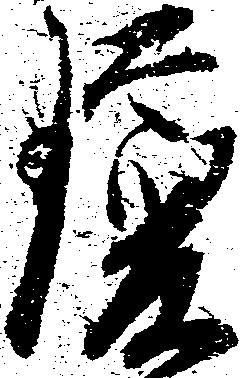
瓊